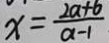
x = \frac { 2 a + b } { a - 1 }